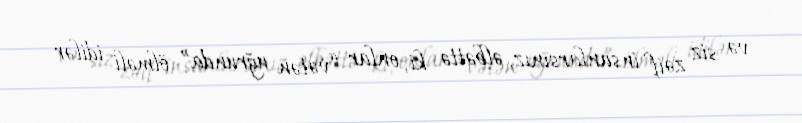
və siz zəif insanlarsınız, əlbəttə ki, onlar “vətən uğrunda” ölməli idilər